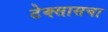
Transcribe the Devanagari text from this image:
टेक्सासचा